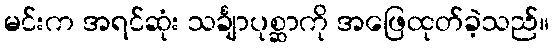
မင်းက အရင်ဆုံး သင်္ချာပုစ္ဆာကို အဖြေထုတ်ခဲ့သည်။